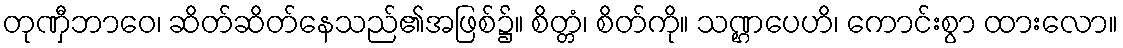
တုဏှီဘာဝေ၊ ဆိတ်ဆိတ်နေသည်၏အဖြစ်၌။ စိတ္တံ၊ စိတ်ကို။ သဏ္ဌပေဟိ၊ ကောင်းစွာ ထားလော။